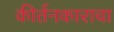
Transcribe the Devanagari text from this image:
कीर्तनकाराचा